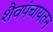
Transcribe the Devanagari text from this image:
शैवपंचायतन